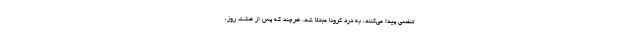
تنفسی پیدا می‌کنند، به درد کرونا مبتلا شد. هرچند که پس از هشت روز،